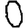
Digit: 0